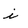
Character: i